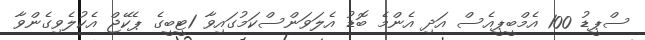
ސްޕީޑު 100 އެމްބީޕީއެސް އަދި އެންމެ ބޮޑު އެލަވަންސްކަމުގައިވާ 1ޓީބީގެ ޕެކޭޖް އެކުލެވިގެންވާ